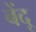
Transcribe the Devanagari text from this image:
बेंदू